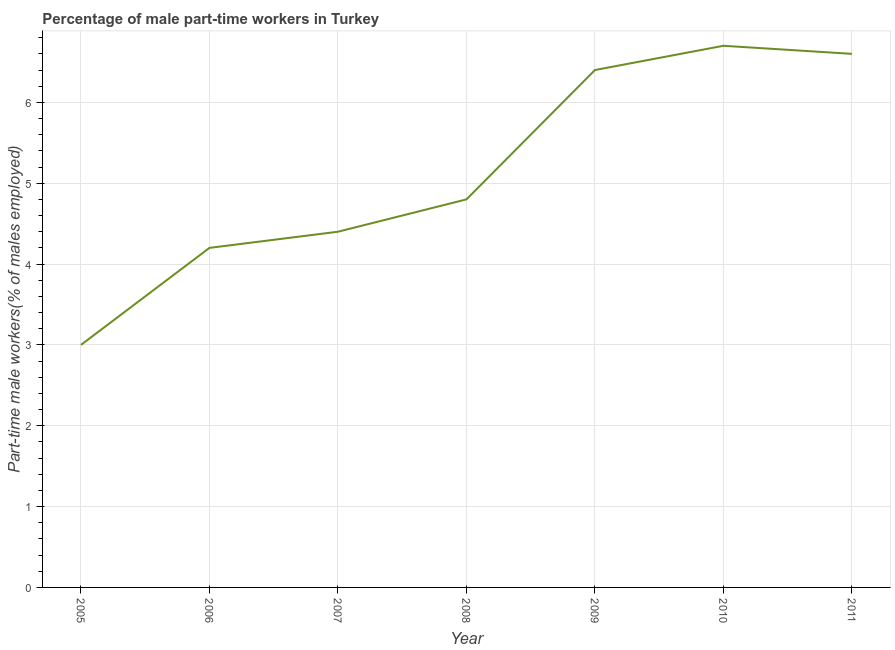
| Year | Part time employment |
 | --- | --- |
 | 2005 | 3 |
 | 2006 | 4.2 |
 | 2007 | 4.4 |
 | 2008 | 4.8 |
 | 2009 | 6.4 |
 | 2010 | 6.7 |
 | 2011 | 6.6 |